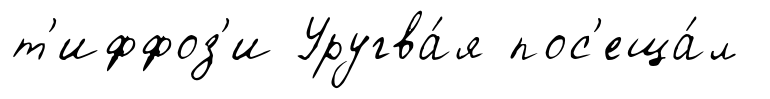
т'иффоз'и Уругва́я пос'еща́л